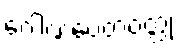
ဂေါဏပေတဝတ္ထု